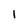
Character: 1